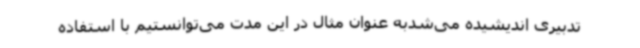
تدبیری اندیشیده می‌شدبه عنوان مثال در این مدت می‌توانستیم با استفاده